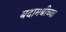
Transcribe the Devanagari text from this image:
बदामबीच्या